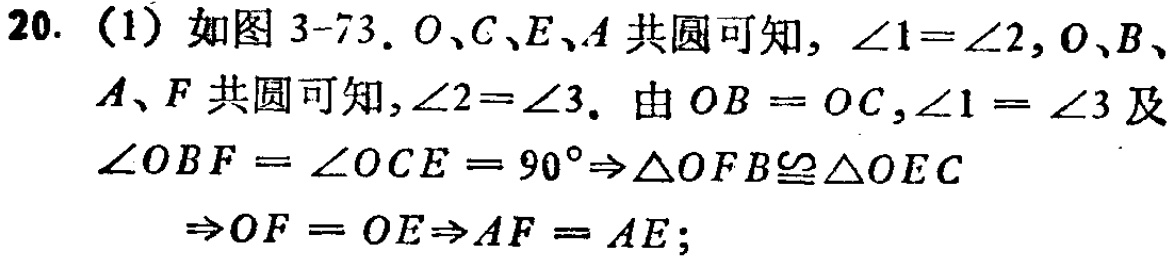
20. (1) 如图 3-73. \(O、C、E、A\)共圆可知，\(\angle1 = \angle2\)，\(O、B、A、F\)共圆可知，\(\angle2 = \angle3\). 由\(OB = OC\)，\(\angle1 = \angle3\)及\(\angle OBF=\angle OCE = 90^{\circ}\Rightarrow\triangle OFB\cong\triangle OEC\Rightarrow OF = OE\Rightarrow AF = AE\);